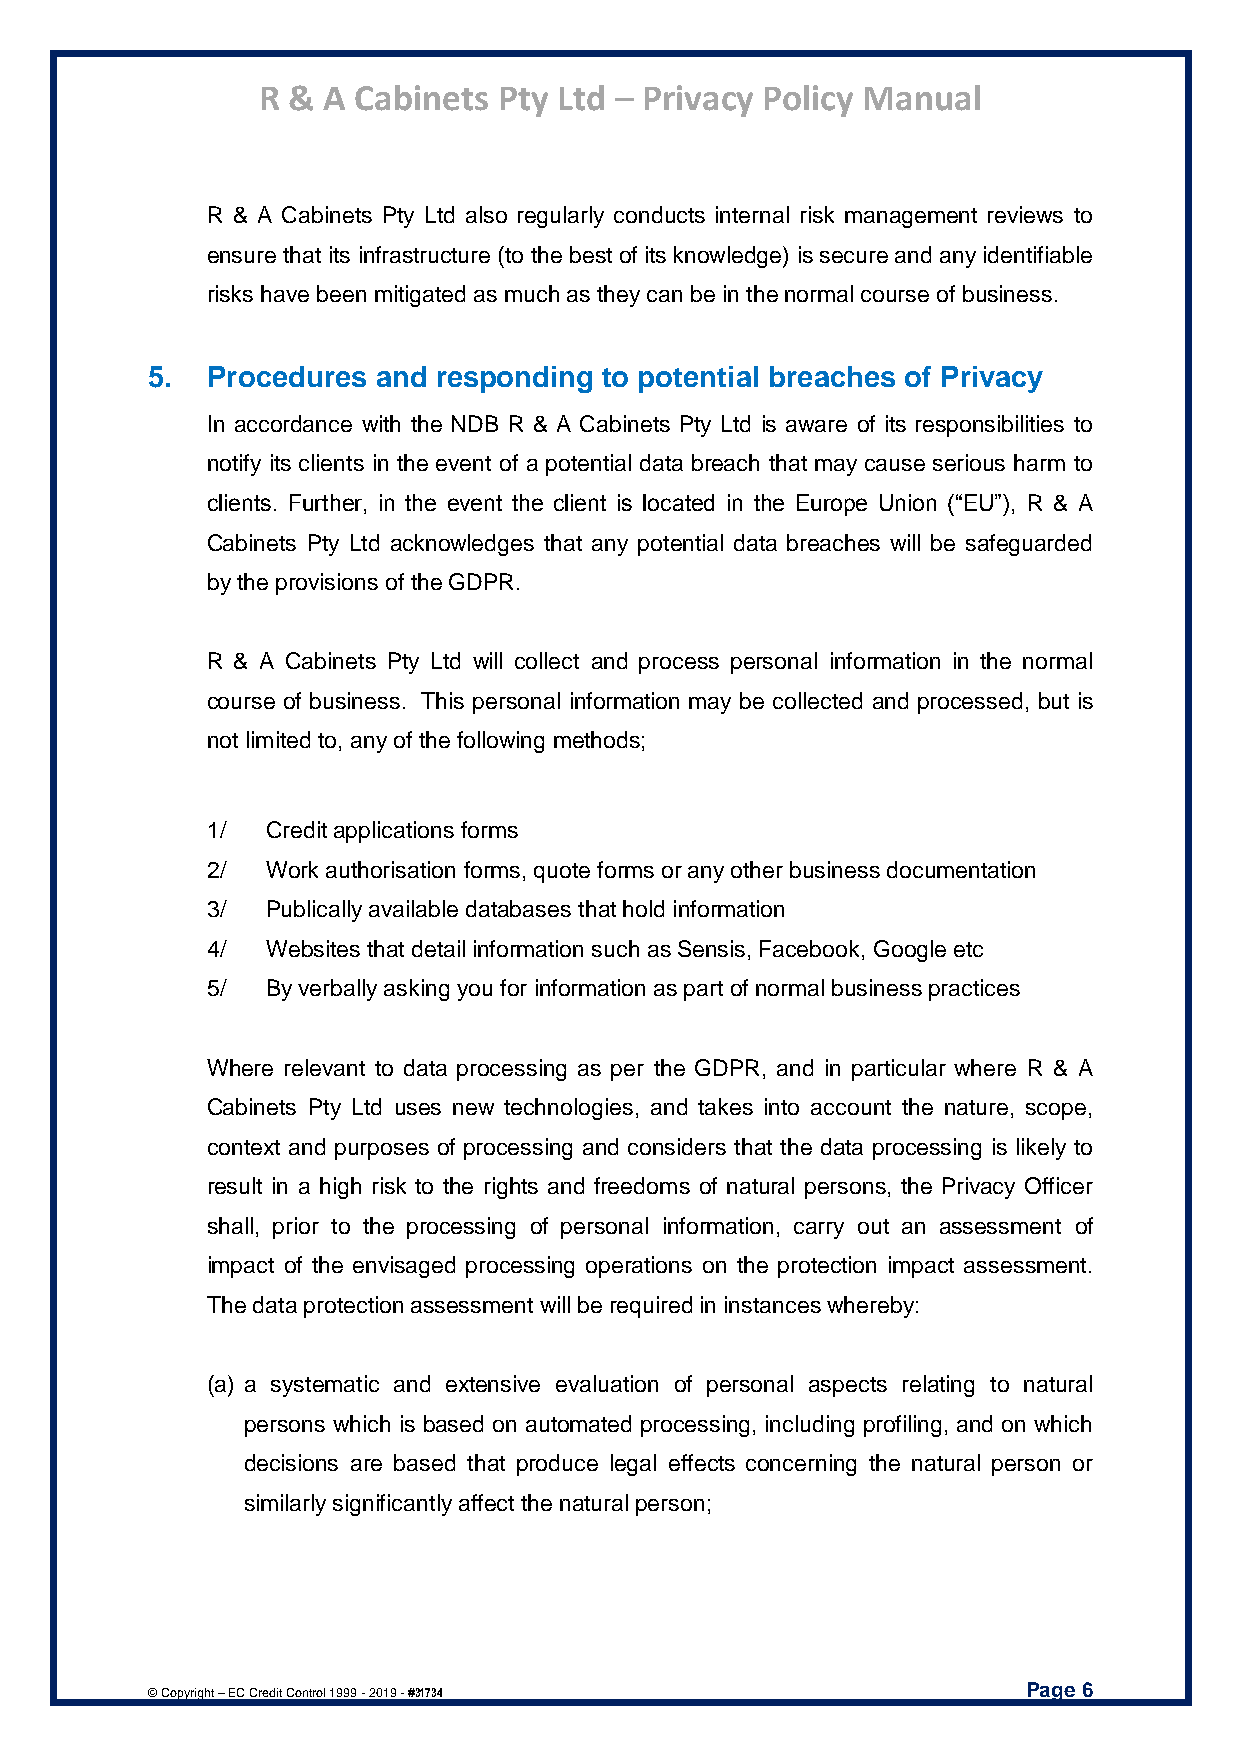
R & A Cabinets  Pty Ltd – Privacy Policy Manual
 R & A Cabinets Pty Ltd also regularly conducts internal risk management reviews to
 ensure that its infrastructure (to the best of its knowledge) is secure and any identifiable
 risks have been mitigated as much as they can be in the normal course of business.
 5.  Procedures and responding to potential breaches of Privacy
 In accordance with the NDB R & A Cabinets Pty Ltd is aware of its responsibilities to
 notify its clients in the event of a potential data breach that may cause serious harm to
 clients. Further, in the event the client is located in the Europe Union (“EU”), R & A
 Cabinets Pty Ltd acknowledges that any potential data breaches will be safeguarded
 by the provisions of the GDPR.
 R & A Cabinets Pty Ltd will collect and process personal information in the normal
 course of business. This personal information may be collected and processed, but is
 not limited to, any of the following methods;
 1/  Credit applications forms
 2/  Work authorisation forms, quote forms or any other business documentation
 3/  Publically available databases that hold information
 4/  Websites that detail information such as Sensis, Facebook, Google etc
 5/  By verbally asking you for information as part of normal business practices
 Where relevant to data processing as per the GDPR, and in particular where R & A
 Cabinets Pty Ltd uses new technologies, and takes into account the nature, scope,
 context and purposes of processing and considers that the data processing is likely to
 result in a high risk to the rights and freedoms of natural persons, the Privacy Officer
 shall, prior to the processing of personal information, carry out an assessment of
 impact of the envisaged processing operations on the protection impact assessment.
 The data protection assessment will be required in instances whereby:
 (a) a systematic and extensive evaluation of personal aspects relating to natural
 persons which is based on automated processing, including profiling, and on which
 decisions are based that produce legal effects concerning the natural person or
 similarly significantly affect the natural person;
 Page 6
 © Copyright – EC Credit Control 1999 - 2019 - #31734